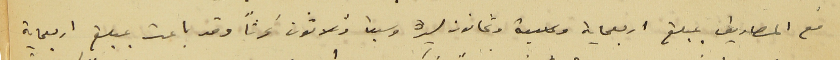
مع المصاريف بمبلغ اربعمايه وسبعة وثمانون ليرة وسبعاً وثلاثون غرشاً وقد باعت بمبلغ اربعماية